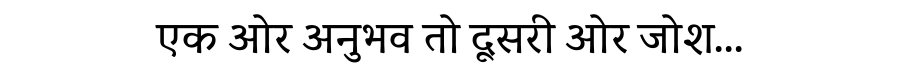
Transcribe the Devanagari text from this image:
एक ओर अनुभव तो दूसरी ओर जोश...